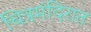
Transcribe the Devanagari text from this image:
चित्रमंदिरात